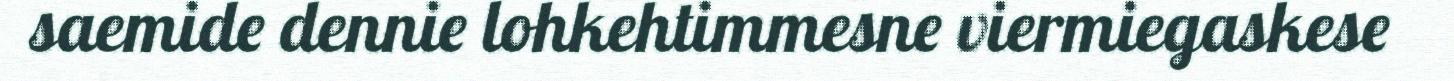
saemide dennie lohkehtimmesne viermiegaskese